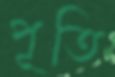
পূতি